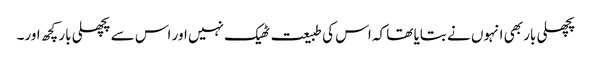
پچھلی بار بھی انہوں نے بتایا تھا کہ اس کی طبیعت ٹھیک نہیں اور اس سے پچھلی بار کچھ اور۔